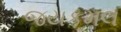
જયકમલ